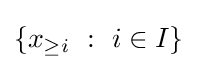
\left\{x_{\geq i}~:~i\in I\right\}